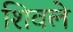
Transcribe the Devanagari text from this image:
शिवले